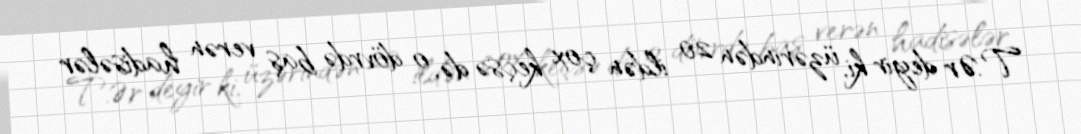
T.Ər deyir ki, üzərindən 20 ildən çox keçsə də, o dövrdə baş verən hadisələr